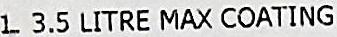
1. 3.5 LITRE MAX COATING